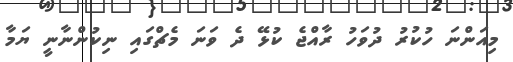
މިއަންނަ ހުކުރު ދުވަހު ރާއްޖެ ކުޅޭ ދެ ވަނަ މެޗްގައި ނިކުންނާނީ ޔަމާ